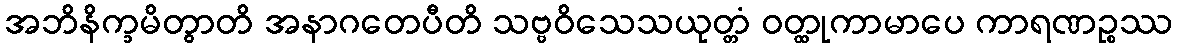
အဘိနိက္ခမိတွာတိ အနာဂတေပီတိ သဗ္ဗဝိသေသယုတ္တံ ဝတ္ထုကာမာပေ ကာရဏဉ္စဿ